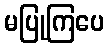
မပြုကြပေ